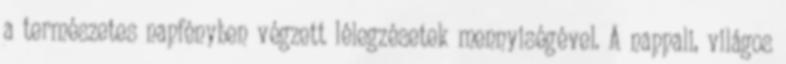
a természetes napfényben végzett lélegzésetek mennyiségével. A nappali, világos